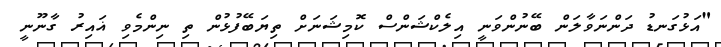
"އަޅުގަނޑު ދަންނަވާލަން ބޭނުންވަނީ އިލެކްޝަންސް ކޮމިޝަނަށް ތިޔަބޭފުޅުން ތި ނިންމެވި ޣައިރު ގާނޫނީ